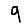
Digit: 9